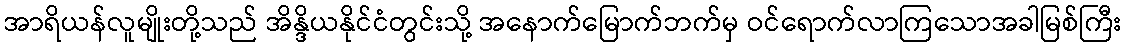
အာရိယန်လူမျိုးတို့သည် အိန္ဒိယနိုင်ငံတွင်းသို့ အနောက်မြောက်ဘက်မှ ဝင်ရောက်လာကြသောအခါမြစ်ကြီး